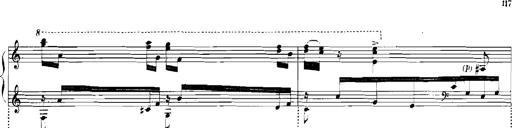
Title: Rhapsodies hongroises
Composer: Franz Liszt